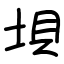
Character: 垻